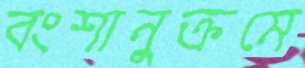
বংশানুক্রমে